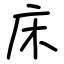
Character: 床